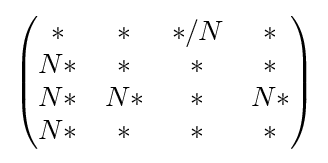
{\begin{pmatrix}*&*&*/N&*\\{}N*&*&*&*\\{}N*&N*&*&N*\\N*&*&*&*\end{pmatrix}}